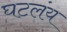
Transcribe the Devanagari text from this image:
घटलंय